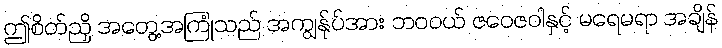
ဤစိတ်ညှိ အတွေ့အကြုံသည် အကျွန်ုပ်အား ဘဝဝယ် ဇဝေဇဝါနှင့် မရေမရာ အချိန်